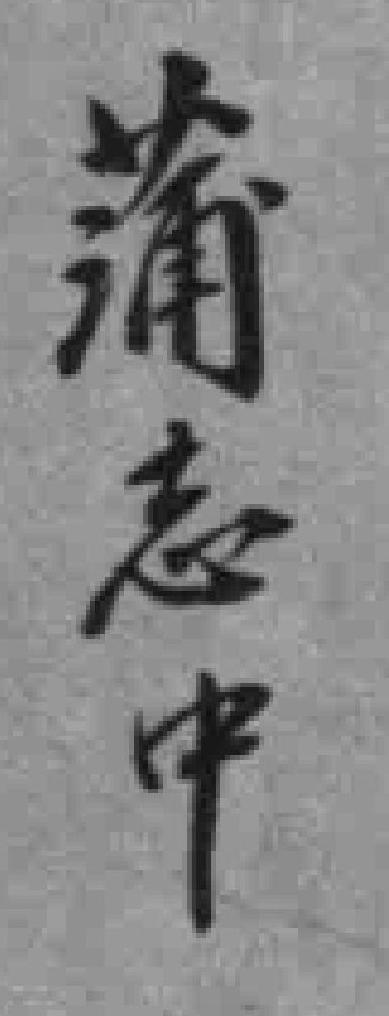
蒲志中